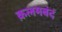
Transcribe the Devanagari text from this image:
क़लमबंद